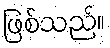
ဖြစ်သည်။